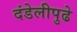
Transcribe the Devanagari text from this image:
दंडेलीपुढे